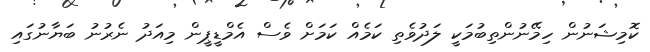
ކޮމިޝަނުން ހިމޭނުންތިބުމަކީ ލަދުވެތި ކަމެއް ކަމަށް ވެސް އެމްޑީޕީން މިއަދު ނެރުނު ބަޔާނުގައި